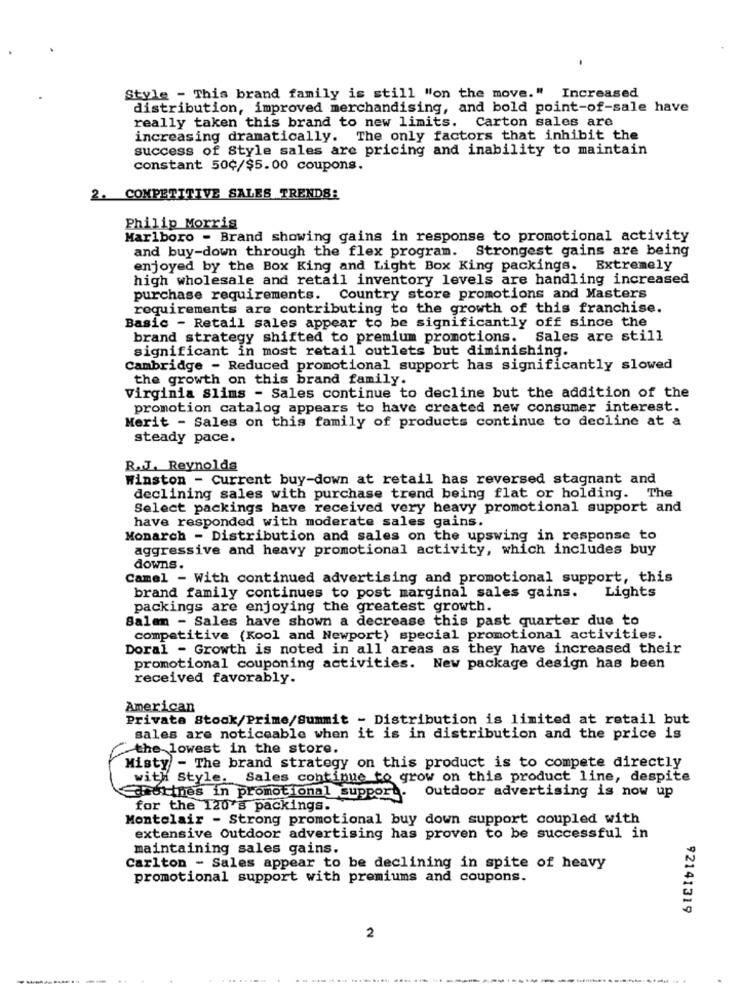
Style - This brand family is still "on the move." Increased
distribution, improved merchandising, and bold point-of-sale have
really taken this brand to new limits. Carton sales are
increasing dramatically. The only factors that inhibit the
success of Style sales are pricing and inability to maintain
constant 50¢/$5.00 coupons.
2. COMPETITIVE SALES TRENDS:
Philip Morris
Marlboro - Brand showing gains in response to promotional activity
and buy-down through the flex program. Strongest gains are being
enjoyed by the Box King and Light Box King packings. Extremely
high wholesale and retail inventory levels are handling increased
purchase requirements. Country store promotions and Masters
requirements are contributing to the growth of this franchise.
Basic - Retail sales appear to be significantly off since the
brand strategy shifted to premium promotions. Sales are still
significant in most retail outlets but diminishing.
Cambridge - Reduced promotional support has significantly slowed
the growth on this brand family.
Virginia Slims - Sales continue to decline but the addition of the
promotion catalog appears to have created new consumer interest.
Merit - Sales on this family of products continue to decline at a
steady pace.
R.J. Reynolds
Winston - Current buy-down at retail has reversed stagnant and
declining sales with purchase trend being flat or holding. The
Select packings have received very heavy promotional support and
have responded with moderate sales gains.
Monarch - Distribution and sales on the upswing in response to
aggressive and heavy promotional activity, which includes buy
downs.
Camel - With continued advertising and promotional support, this
brand family continues to post marginal sales gains.
Lights
packings are enjoying the greatest growth.
Salen - Sales have shown a decrease this past quarter due to
competitive (Kool and Newport) special promotional activities.
Doral - Growth is noted in all areas as they have increased their
promotional couponing activities. New package design has been
received favorably.
American
Private Stock/Prime/Summit - Distribution is limited at retail but
sales are noticeable when it is in distribution and the price is
the lowest in the store.
Misty - The brand strategy on this product is to compete directly
with Style. Sales continue to grow on this product line, despite
Outdoor advertising is now up
deurines in promotional support.
for the 120's packings.
Montelair - Strong promotional buy down support coupled with
extensive Outdoor advertising has proven to be successful in
maintaining sales gains.
Carlton - Sales appear to be declining in spite of heavy
promotional support with premiums and coupons.
92141319
2
----------..